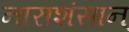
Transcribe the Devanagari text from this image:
नाराशंसान्